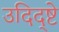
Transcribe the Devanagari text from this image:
उदिद्ष्टे